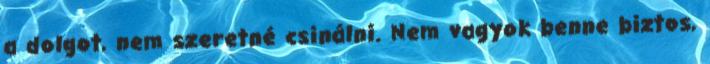
a dolgot, nem szeretné csinálni. Nem vagyok benne biztos,